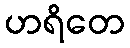
ဟရိတေ